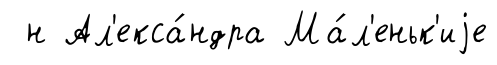
н Ал'екса́ндра Ма́л'еньк'иjе